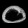
Digit: ၀